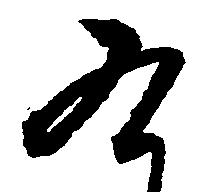
九